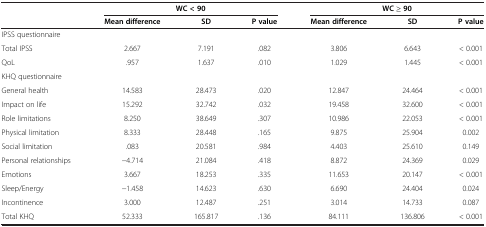
<table><thead><tr><td><b> </b></td><td colspan="3"><b>WC &lt; 90</b></td><td colspan="3"><b>WC ≥ 90</b></td></tr><tr><td><b> </b></td><td><b>Mean difference</b></td><td><b>SD</b></td><td><b>P value</b></td><td><b>Mean difference</b></td><td><b>SD</b></td><td><b>P value</b></td></tr></thead><tbody><tr><td colspan="7">IPSS questionnaire</td></tr><tr><td>Total IPSS</td><td>2.667</td><td>7.191</td><td>.082</td><td>3.806</td><td>6.643</td><td>&lt; 0.001</td></tr><tr><td>QoL</td><td>.957</td><td>1.637</td><td>.010</td><td>1.029</td><td>1.445</td><td>&lt; 0.001</td></tr><tr><td colspan="7">KHQ questionnaire</td></tr><tr><td>General health</td><td>14.583</td><td>28.473</td><td>.020</td><td>12.847</td><td>24.464</td><td>&lt; 0.001</td></tr><tr><td>Impact on life</td><td>15.292</td><td>32.742</td><td>.032</td><td>19.458</td><td>32.600</td><td>&lt; 0.001</td></tr><tr><td>Role limitations</td><td>8.250</td><td>38.649</td><td>.307</td><td>10.986</td><td>22.053</td><td>&lt; 0.001</td></tr><tr><td>Physical limitation</td><td>8.333</td><td>28.448</td><td>.165</td><td>9.875</td><td>25.904</td><td>0.002</td></tr><tr><td>Social limitation</td><td>.083</td><td>20.581</td><td>.984</td><td>4.403</td><td>25.610</td><td>0.149</td></tr><tr><td>Personal relationships</td><td>-4.714</td><td>21.084</td><td>.418</td><td>8.872</td><td>24.369</td><td>0.029</td></tr><tr><td>Emotions</td><td>3.667</td><td>18.253</td><td>.335</td><td>11.653</td><td>20.147</td><td>&lt; 0.001</td></tr><tr><td>Sleep/Energy</td><td>-1.458</td><td>14.623</td><td>.630</td><td>6.690</td><td>24.404</td><td>0.024</td></tr><tr><td>Incontinence</td><td>3.000</td><td>12.487</td><td>.251</td><td>3.014</td><td>14.733</td><td>0.087</td></tr><tr><td>Total KHQ</td><td>52.333</td><td>165.817</td><td>.136</td><td>84.111</td><td>136.806</td><td>&lt; 0.001</td></tr></tbody></table>